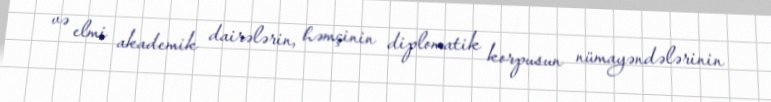
və elmi akademik dairələrin, həmçinin diplomatik korpusun nümayəndələrinin